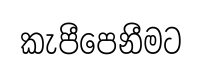
කැපීපෙනීමට